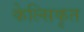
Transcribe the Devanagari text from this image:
केल्सिकृत